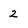
Character: 2